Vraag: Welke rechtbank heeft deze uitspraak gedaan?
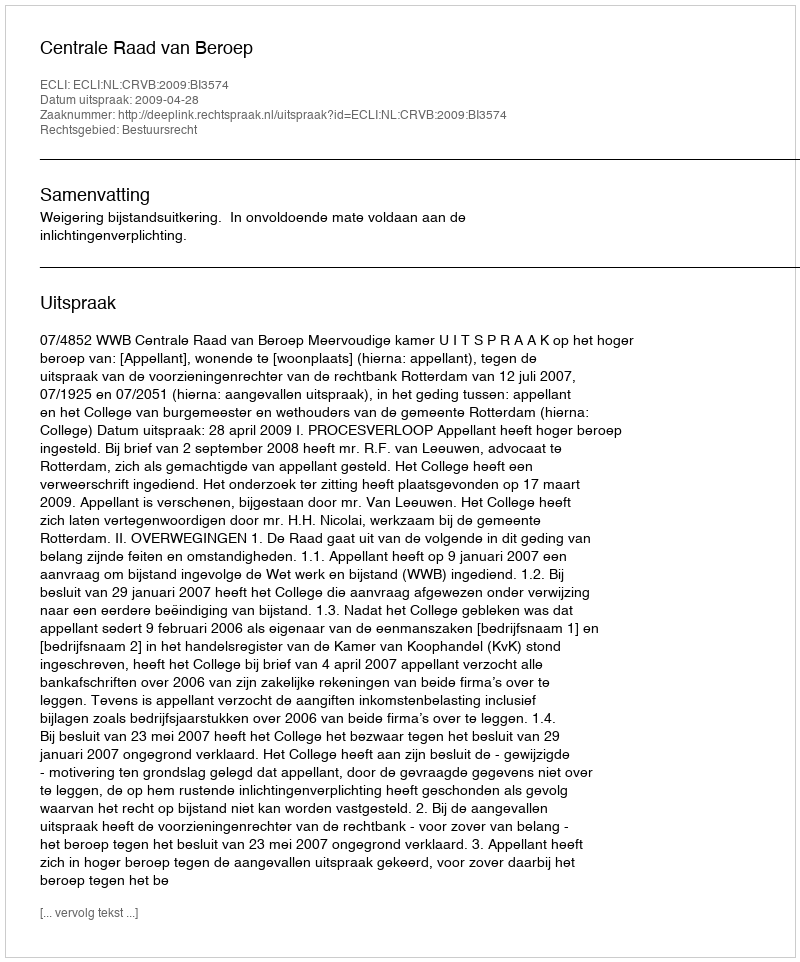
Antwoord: Centrale Raad van Beroep